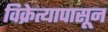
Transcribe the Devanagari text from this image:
विक्रेत्यापासून